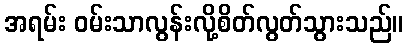
အရမ်း ဝမ်းသာလွန်းလို့စိတ်လွတ်သွားသည်။